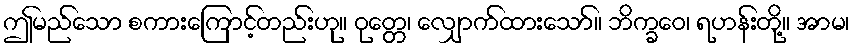
ဤမည်သော စကားကြောင့်တည်းဟု။ ဝုတ္တေ၊ လျှောက်ထားသော်။ ဘိက္ခဝေ၊ ရဟန်းတို့။ အာမ၊